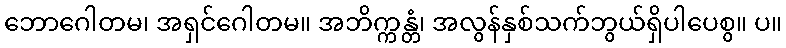
ဘောဂေါတမ၊ အရှင်ဂေါတမ။ အဘိက္ကန္တံ၊ အလွန်နှစ်သက်ဘွယ်ရှိပါပေစွ။ ပ။